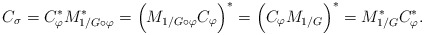
\begin{align*}C_{\sigma} = C_{\varphi}^{*}M_{1/G\circ\varphi}^{*} = \Big(M_{1/G\circ\varphi}C_{\varphi}\Big)^{*} = \Big(C_{\varphi}M_{1/G}\Big)^{*} = M^{*}_{1/G}C_{\varphi}^{*}.\end{align*}